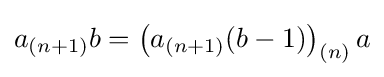
a_{(n+1)}b=\left(a_{(n+1)}(b-1)\right)_{(n)}a